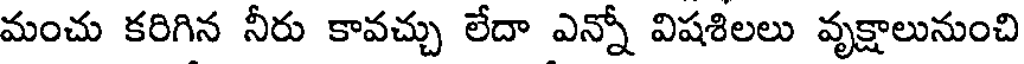
మంచు కరిగిన నీరు కావచ్చు లేదా ఎన్నో విషశిలలు వృక్షాలునుంచి